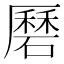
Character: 磿